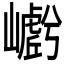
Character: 𭗩